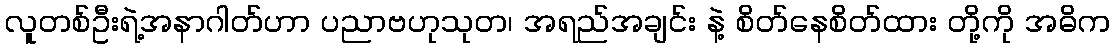
လူတစ်ဦးရဲ့အနာဂါတ်ဟာ ပညာဗဟုသုတ၊ အရည်အချင်း နဲ့ စိတ်နေစိတ်ထား တို့ကို အဓိက